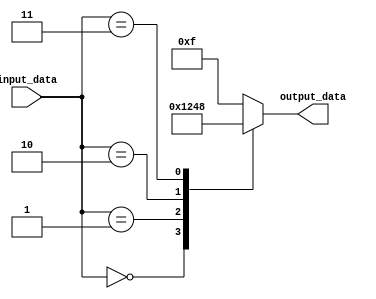
module generate_case(
  input [3:0] input_data,
  output reg [3:0] output_data
);

always @*
begin
  case(input_data)
    4'b0000 : output_data = 4'b0001;
    4'b0001 : output_data = 4'b0010;
    4'b0010 : output_data = 4'b0100;
    4'b0011 : output_data = 4'b1000;
    default : output_data = 4'b1111;
  endcase
end

endmodule